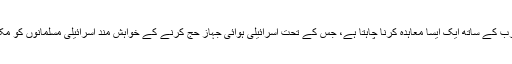
اسرائیل سعودی عرب کے ساتھ ایک ایسا معاہدہ کرنا چاہتا ہے، جس کے تحت اسرائیلی ہوائی جہاز حج کرنے کے خواہش مند اسرائیلی مسلمانوں کو مکہ تک پہنچا سکیں۔